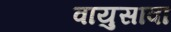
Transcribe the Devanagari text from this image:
वायुसावा